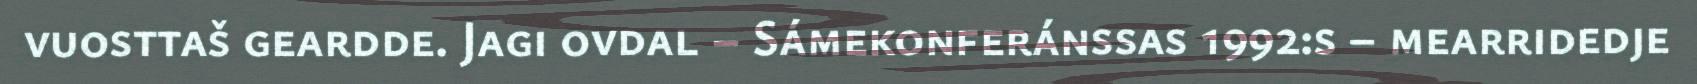
vuosttaš geardde. Jagi ovdal – Sámekonferánssas 1992:s – mearridedje